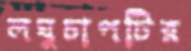
লঘুচাপটির